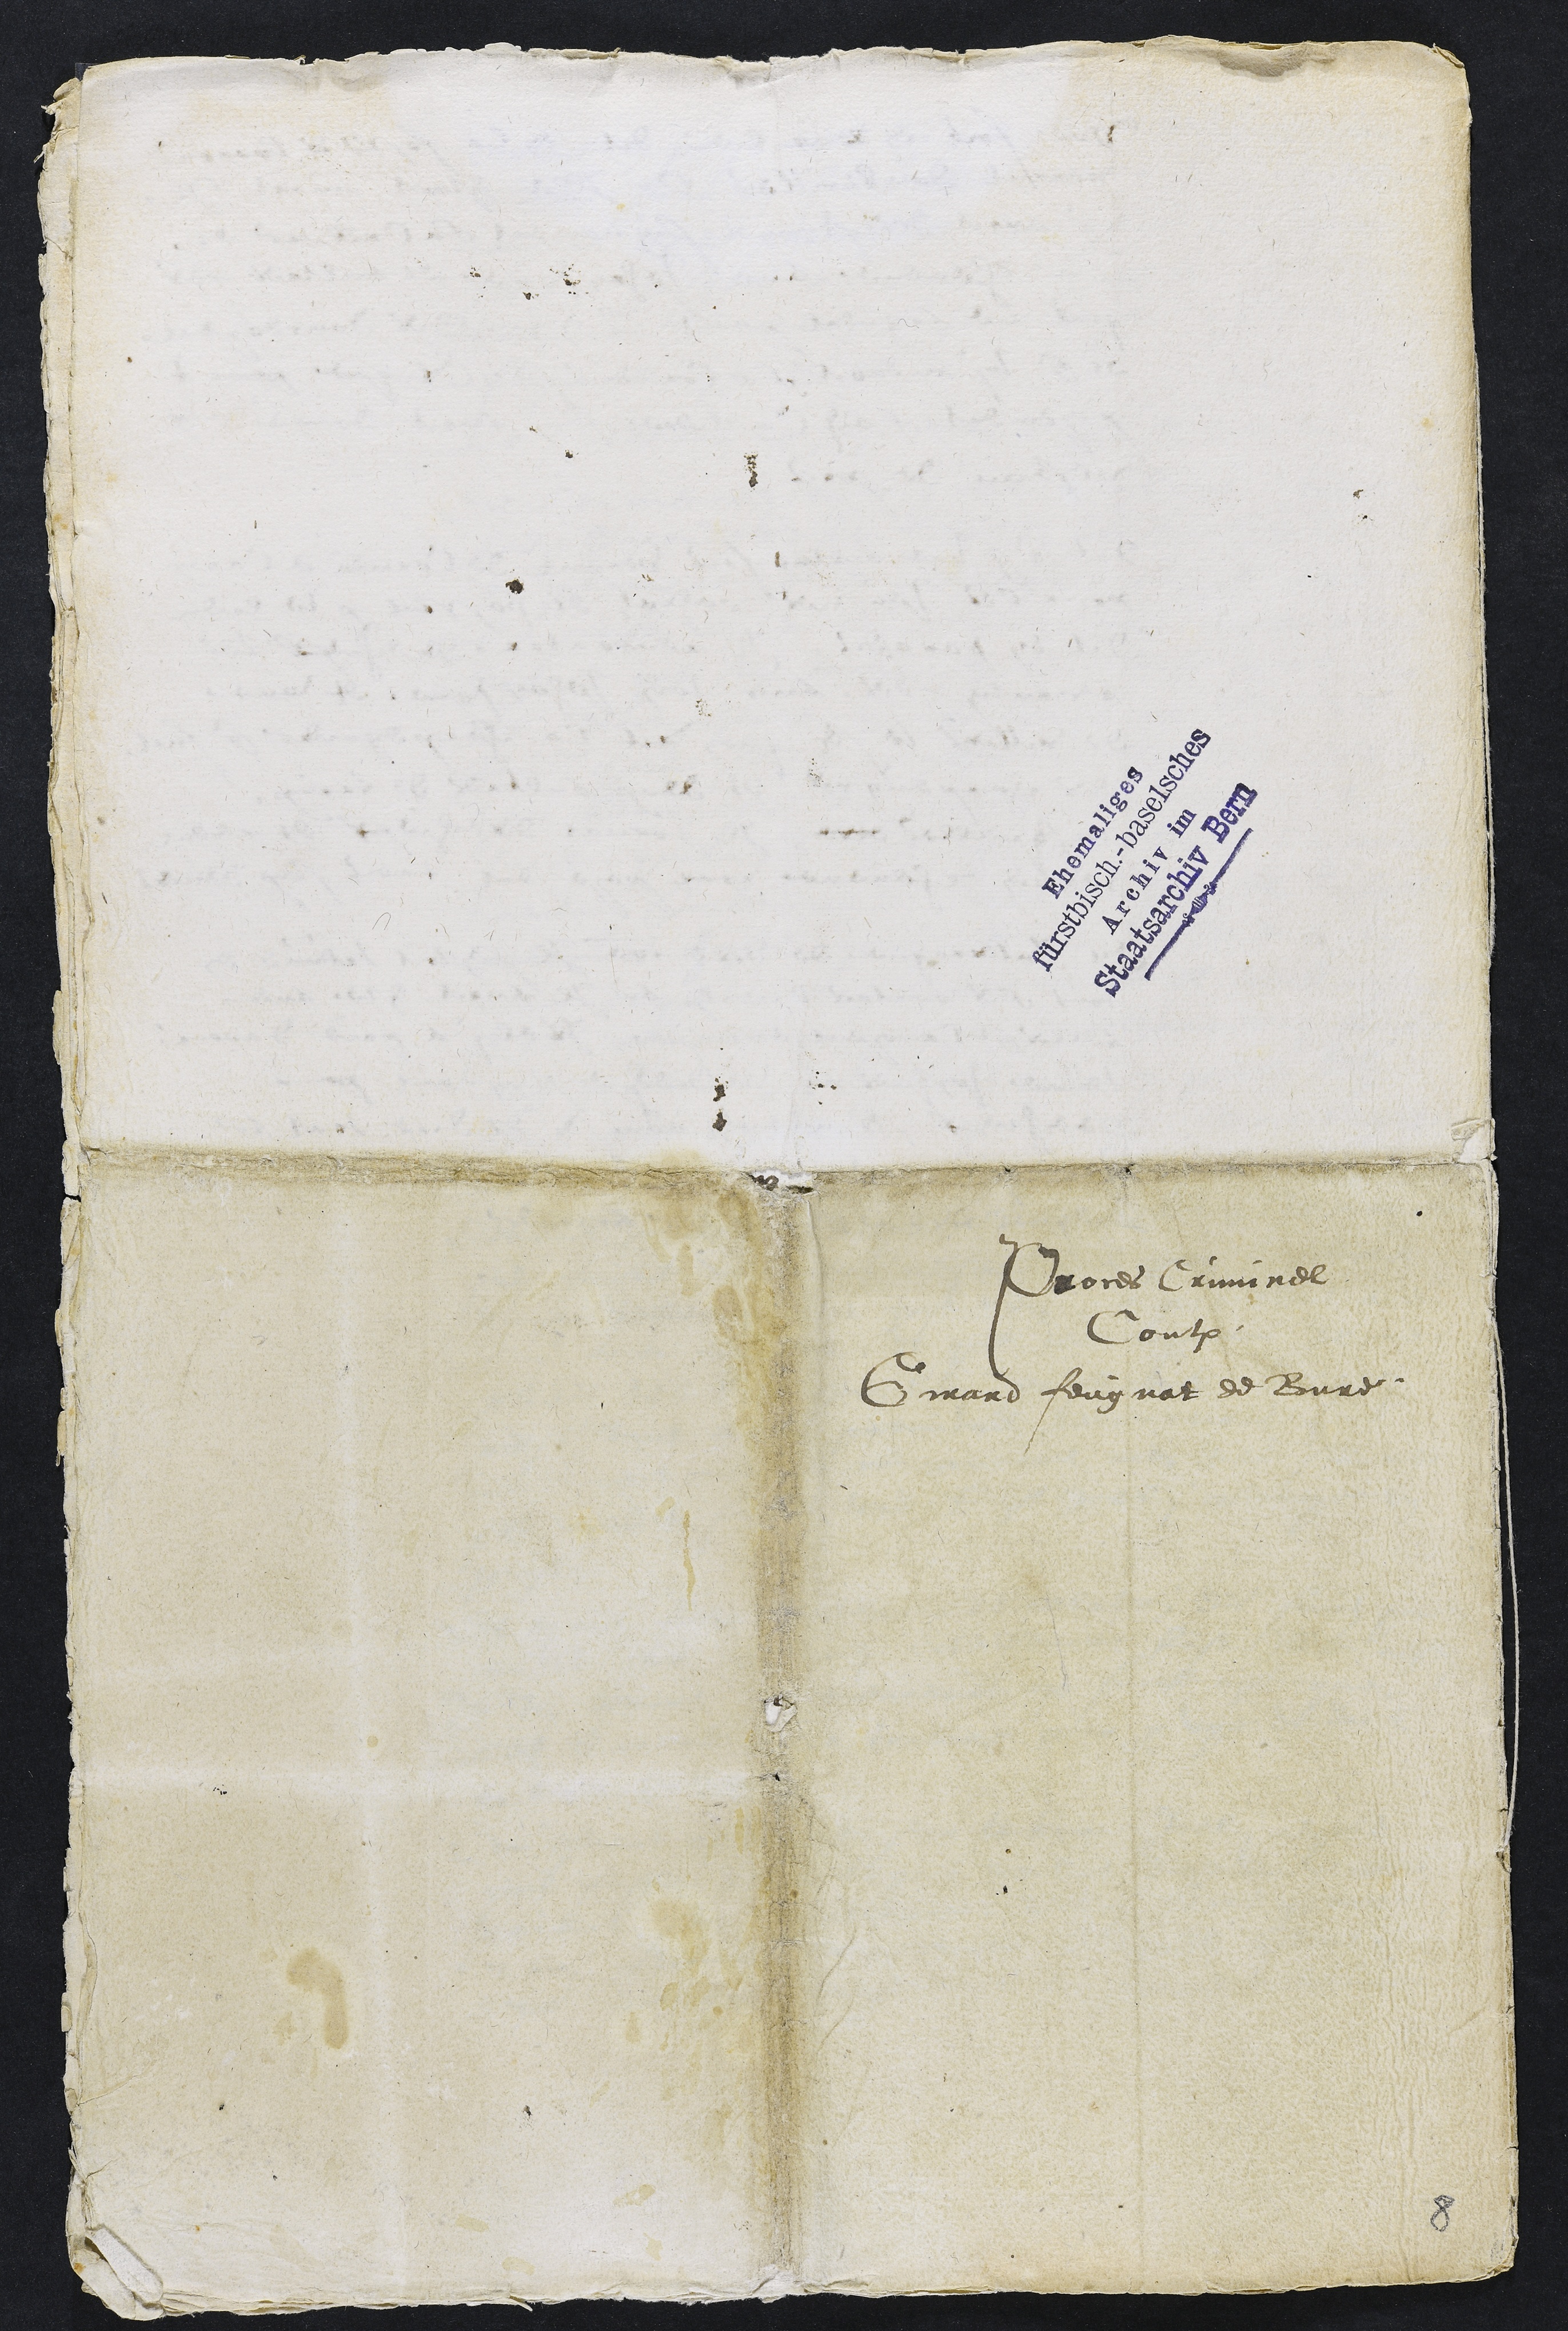
Troces Criminel
Contre
Girard feugnat de Bure

8